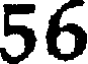
56